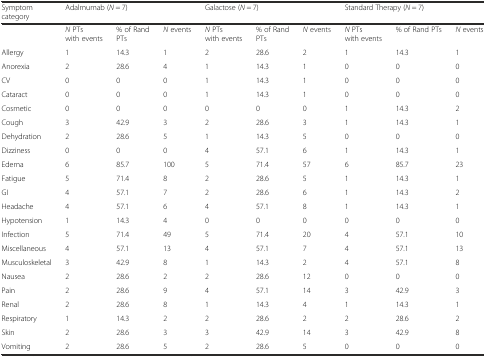
<table><thead><tr><td><b>Symptom category</b></td><td colspan="3"><b>Adalmumab (<i>N</i> = 7)</b></td><td colspan="3"><b>Galactose (<i>N</i> = 7)</b></td><td colspan="3"><b>Standard Therapy (<i>N</i> = 7)</b></td></tr></thead><tbody><tr><td></td><td><i>N</i> PTs with events</td><td>% of Rand PTs</td><td><i>N</i> events</td><td><i>N</i> PTs with events</td><td>% of Rand PTs</td><td><i>N</i> events</td><td><i>N</i> PTs with events</td><td>% of Rand PTs</td><td><i>N</i> events</td></tr><tr><td>Allergy</td><td>1</td><td>14.3</td><td>1</td><td>2</td><td>28.6</td><td>2</td><td>1</td><td>14.3</td><td>1</td></tr><tr><td>Anorexia</td><td>2</td><td>28.6</td><td>4</td><td>1</td><td>14.3</td><td>1</td><td>0</td><td>0</td><td>0</td></tr><tr><td>CV</td><td>0</td><td>0</td><td>0</td><td>1</td><td>14.3</td><td>1</td><td>0</td><td>0</td><td>0</td></tr><tr><td>Cataract</td><td>0</td><td>0</td><td>0</td><td>1</td><td>14.3</td><td>1</td><td>0</td><td>0</td><td>0</td></tr><tr><td>Cosmetic</td><td>0</td><td>0</td><td>0</td><td>0</td><td>0</td><td>0</td><td>1</td><td>14.3</td><td>2</td></tr><tr><td>Cough</td><td>3</td><td>42.9</td><td>3</td><td>2</td><td>28.6</td><td>3</td><td>1</td><td>14.3</td><td>1</td></tr><tr><td>Dehydration</td><td>2</td><td>28.6</td><td>5</td><td>1</td><td>14.3</td><td>5</td><td>0</td><td>0</td><td>0</td></tr><tr><td>Dizziness</td><td>0</td><td>0</td><td>0</td><td>4</td><td>57.1</td><td>6</td><td>1</td><td>14.3</td><td>1</td></tr><tr><td>Edema</td><td>6</td><td>85.7</td><td>100</td><td>5</td><td>71.4</td><td>57</td><td>6</td><td>85.7</td><td>23</td></tr><tr><td>Fatigue</td><td>5</td><td>71.4</td><td>8</td><td>2</td><td>28.6</td><td>5</td><td>1</td><td>14.3</td><td>1</td></tr><tr><td>GI</td><td>4</td><td>57.1</td><td>7</td><td>2</td><td>28.6</td><td>6</td><td>1</td><td>14.3</td><td>2</td></tr><tr><td>Headache</td><td>4</td><td>57.1</td><td>6</td><td>4</td><td>57.1</td><td>8</td><td>1</td><td>14.3</td><td>1</td></tr><tr><td>Hypotension</td><td>1</td><td>14.3</td><td>4</td><td>0</td><td>0</td><td>0</td><td>0</td><td>0</td><td>0</td></tr><tr><td>Infection</td><td>5</td><td>71.4</td><td>49</td><td>5</td><td>71.4</td><td>20</td><td>4</td><td>57.1</td><td>10</td></tr><tr><td>Miscellaneous</td><td>4</td><td>57.1</td><td>13</td><td>4</td><td>57.1</td><td>7</td><td>4</td><td>57.1</td><td>13</td></tr><tr><td>Musculoskeletal</td><td>3</td><td>42.9</td><td>8</td><td>1</td><td>14.3</td><td>2</td><td>4</td><td>57.1</td><td>8</td></tr><tr><td>Nausea</td><td>2</td><td>28.6</td><td>2</td><td>2</td><td>28.6</td><td>12</td><td>0</td><td>0</td><td>0</td></tr><tr><td>Pain</td><td>2</td><td>28.6</td><td>9</td><td>4</td><td>57.1</td><td>14</td><td>3</td><td>42.9</td><td>3</td></tr><tr><td>Renal</td><td>2</td><td>28.6</td><td>8</td><td>1</td><td>14.3</td><td>4</td><td>1</td><td>14.3</td><td>1</td></tr><tr><td>Respiratory</td><td>1</td><td>14.3</td><td>2</td><td>2</td><td>28.6</td><td>2</td><td>2</td><td>28.6</td><td>2</td></tr><tr><td>Skin</td><td>2</td><td>28.6</td><td>3</td><td>3</td><td>42.9</td><td>14</td><td>3</td><td>42.9</td><td>8</td></tr><tr><td>Vomiting</td><td>2</td><td>28.6</td><td>5</td><td>2</td><td>28.6</td><td>5</td><td>0</td><td>0</td><td>0</td></tr></tbody></table>